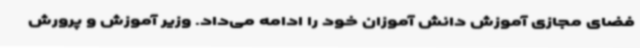
فضای مجازی آموزش دانش آموزان خود را ادامه می‌داد. وزیر آموزش و پرورش